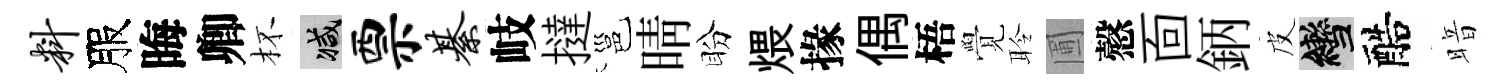
料服晦卿杯减票綦岐撻邕晴盼煨掾偶梧覺聆圃慤靣鈵皮轡醅暗